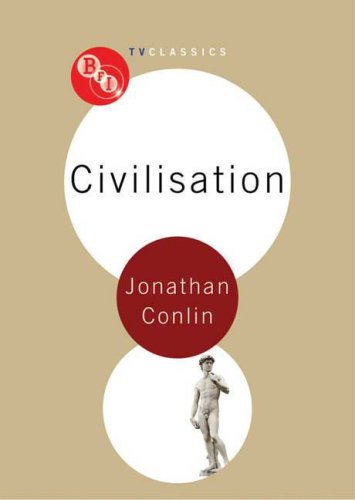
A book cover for Civilisation (BFI TV Classics); Jonathan Conlin; Humor & Entertainment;